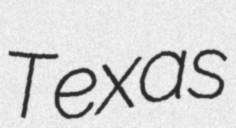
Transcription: Texas